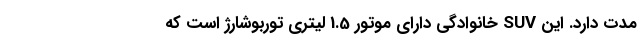
مدت دارد. این SUV خانوادگی دارای موتور 1.5 لیتری توربوشارژ است که